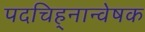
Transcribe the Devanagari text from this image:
पदचिह्‌नान्वेषक